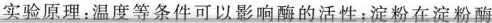
实验原理：温度等条件可以影响酶的活性：淀粉在淀粉酶